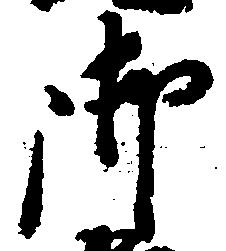
御